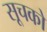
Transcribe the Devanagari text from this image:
सूचको